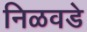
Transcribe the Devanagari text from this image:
निळवडे